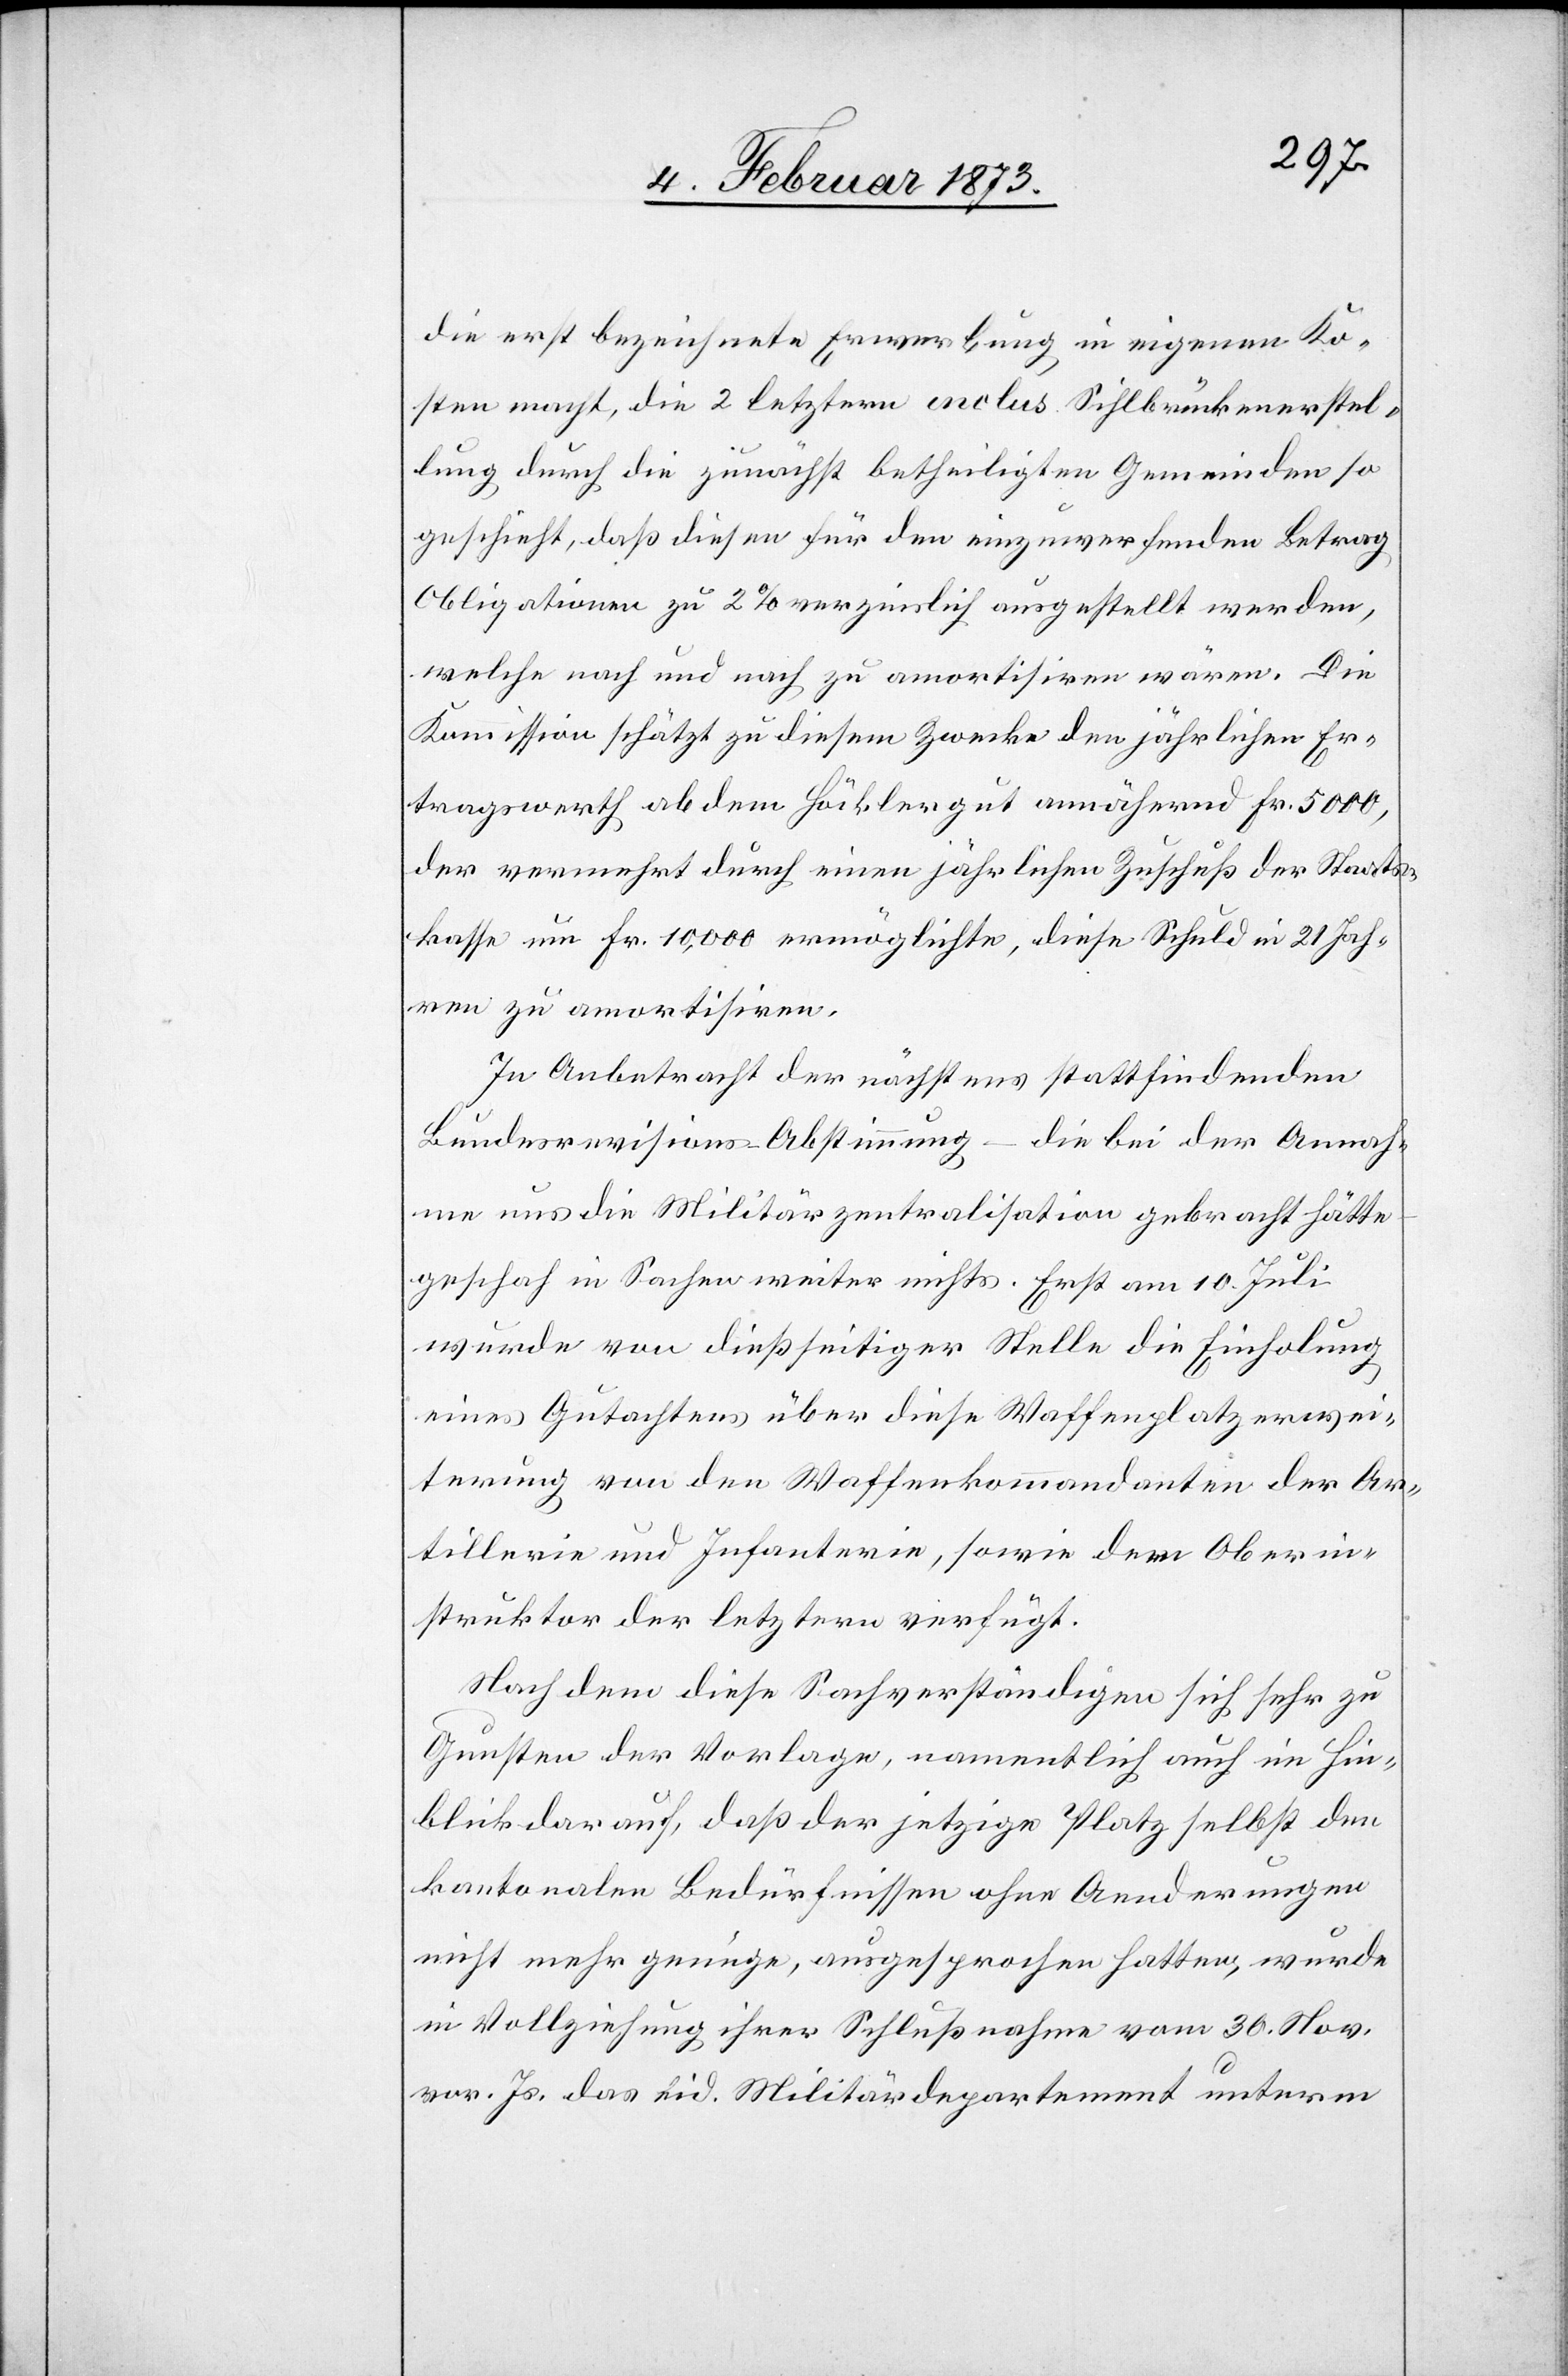
die erst bezeichnete Erwerbung in eigenen Ko¬
sten macht, die 2 letztern inclus. Sihlbrückenerstel¬
lung durch die zunächst betheiligten Gemeinden so
geschieht, daß diesen für den einzuwerfenden Betrag
Obligationen zu 2% verzinslich ausgestellt werden,
welche nach und nach zu amortisiren wären. Die
Kommission schätzt zu diesem Zwecke den jährlichen Er¬
tragswerth ab dem Höcklergut annähernd Fr. 5000,
der vermehrt durch einen jährlichen Zuschuß der Staats¬
kasse um Fr. 10,000 ermöglichte, diese Schuld in 21 Jah¬
ren zu amortisiren.
In Anbetracht der nächstens stattfindenden
Bundesrevisions-Abstimmung – die bei der Annah¬
me uns die Militärzentralisation gebracht hätte
geschah in Sachen weiter nichts. Erst am 10. Juli
wurde von dießseitiger Stelle die Einholung
eines Gutachtens über diese Waffenplatzerwei¬
terung von den Waffenkommandanten der Ar¬
tillerie und Infanterie, sowie dem Oberin¬
struktor der letztern verfügt.
Nachdem diese Sachverständigen sich sehr zu
Gunsten der Vorlage, namentlich auch im Hin¬
blick darauf, daß der jetzige Platz selbst den
kantonalen Bedürfnissen ohne Aenderungen
nicht mehr genüge, ausgesprochen hatten, wurde
in Vollziehung ihrer Schlußnahme vom 30. Nov.
vor. Js. das eid. Militärdepartement unterm